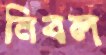
নিবল